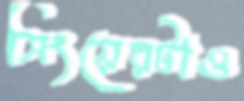
সিংয়েরটাও